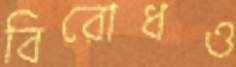
বিরোধও